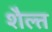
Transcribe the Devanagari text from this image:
शैल्त